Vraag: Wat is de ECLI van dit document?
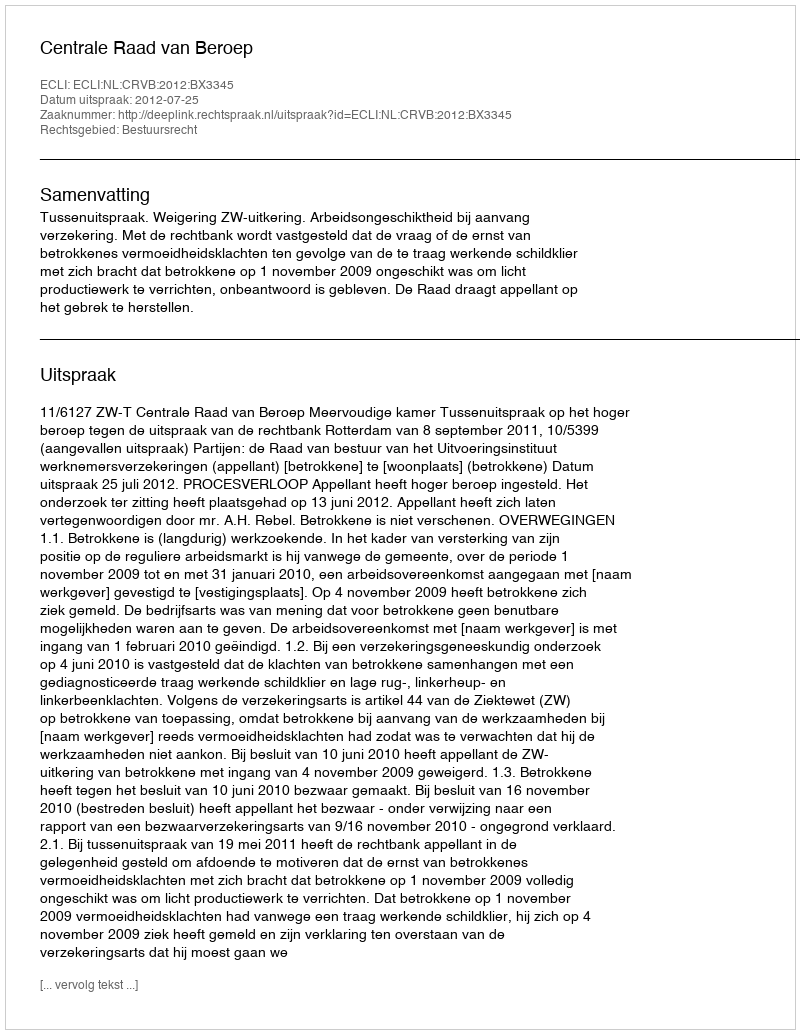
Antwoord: ECLI:NL:CRVB:2012:BX3345